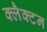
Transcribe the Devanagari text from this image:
क्लैक्टन